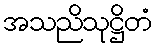
အသညိသုဋ္ဌိတံ